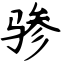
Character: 骖